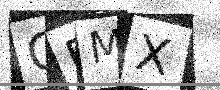
Text: GFMX